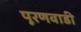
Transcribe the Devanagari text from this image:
पूरणवाडी